Report on enteric fever
Disease focus: Fever
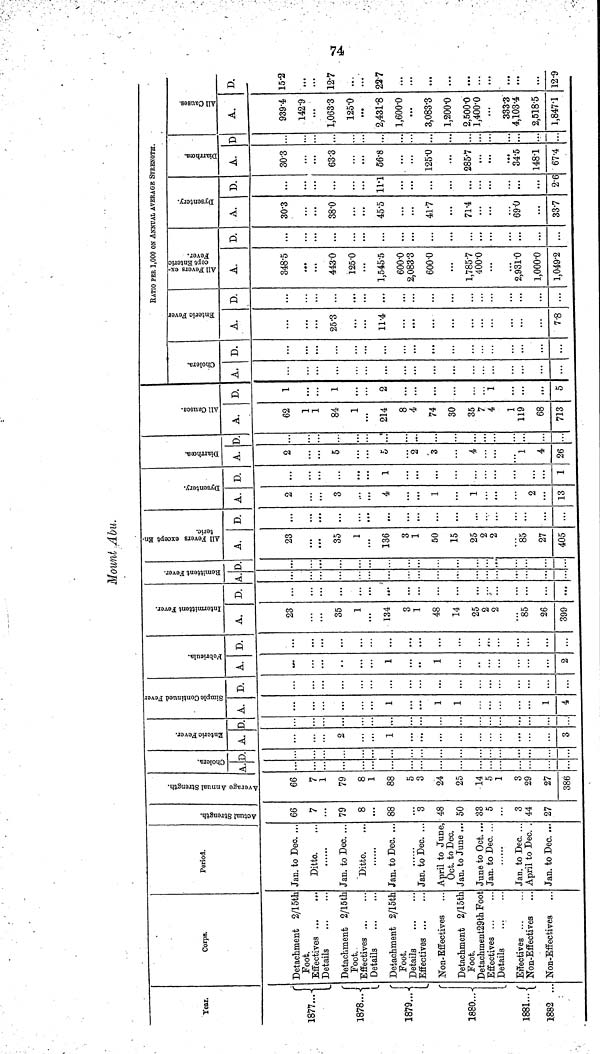
74
Mount Abu.
Year.
1877...
1878...
1879...
1880...
1881...
1882 ...
Corps.
Detachment 2/15th
Foot.
Effectives
Details
Detachment 2/15th
Foot.
Effectives ...
Details
Detachment 2/15th
Foot.
Details
Effectives
Non-Effectives
Detachment 2/15th
Foot.
Detachment29th Foot
Effectives
Details
Effectives ...
Non-Effectives
Non-Effectives
Period.
Jan. to Dec. ...
Ditto.
Jan. to Dec. ..
Ditto.
Jan. to Dec. ..
Jan. to Dec. ..
April to June,
Oct. to Dec.
Jan. to June ...
June to Oct....
Jan. to Dec. ...
Jan. to Dec. ...
April to Dec. .
Jan. to Dec. ...
Actual Strength.
66
7
79
8
...
88
3
48
50
33
5
3
44
27
Average Annual Strength.
66
7
1
79
8
1
88
5
3
24
25
14
5
1
3
29
27
386
Cholera.
A.
...
D.
Enteric Fever.
A.
2
1
3
D.
...
...
Simple Continued Fever
A.
1
1
1
1
4
D.
...
...
Febricula.
A.
1
1
...
...
2
D.
...
...
...
Intermittent Fever.
A.
23
35
1
134
3
1
48
14
25
2
2
85
26
399
D.
...
...
...
...
...
...
...
...
...
Remittent Fever.
A.
..
...
...
...
...
...
D.
...
...
...
...
...
...
All Fevers except En-
teric.
A.
23
35
1
136
3
1
50
15
25
2
2
85
27
405
D.
...
...
...
...
...
...
...
...
...
Dysentery.
A.
2
3
4
...
1
1
2
...
13
D.
...
...
1
...
...
...
1
Diarrhœa.
A.
2
5
5
2
3
4
1
4
26
D
..
...
..
All Causes.
A.
62
1
1
84
1
214
8
4
74
30
35
7
4
1
119
68
713
D.
1
1
2
1
...
5
RATIO PER 1,000 ON ANNUAL AVERAGE STRENGTH.
Cholera.
A.
...
...
D.
...
...
Enteric Fever
A.
25.3
11.4
7.8
D.
...
...
...
All Fevers ex-
cept Enteric
Fever.
A.
348.5
443.0
125.0
1,545.5
600.0
2,083.3
600.0
1,785.7
400.0
2,931.0
1,000.0
1,049.2
D.
...
...
...
...
...
...
...
...
Dysentery.
A.
30.3
38.0
45.5
41.7
71.4
69.0
...
33.7
D.
...
...
11.1
...
...
...
...
2.6
Diarrhœa.
A.
30.3
63.3
56.8
125.0
285.7
34.5
148.1
67.4
D
...
...
...
...
...
All Causes.
A.
939.4
142.9
1,063.3
125.0
2,431.8
1,600.0
3,083.3
1,200.0
2,500.0
1,400.0
333.3
4,103.4
2,518.5
1,847.1
D.
15.2
...
12.7
22.7
...
...
...
...
...
...
...
...
12.9